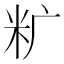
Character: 𰪩